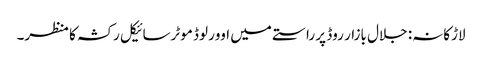
لاڑکانہ: جلال بازار روڈ پر راستے میں اوورلوڈ موٹرسائیکل رکشہ کا منظر۔